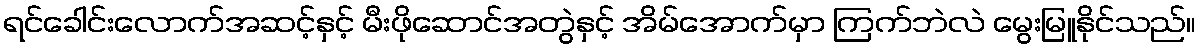
ရင်ခေါင်းလောက်အဆင့်နှင့် မီးဖိုဆောင်အတွဲနှင့် အိမ်အောက်မှာ ကြက်ဘဲလဲ မွေးမြူနိုင်သည်။